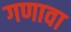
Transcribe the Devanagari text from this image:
गणावा